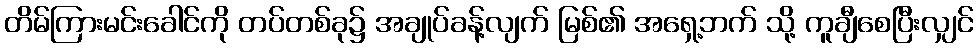
တိမ်ကြားမင်းခေါင်ကို တပ်တစ်ခု၌ အချုပ်ခန့်လျက် မြစ်၏ အရှေ့ဘက် သို့ ကူချီစေပြီးလျှင်